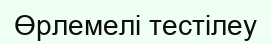
Өрлемелі тестілеу